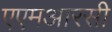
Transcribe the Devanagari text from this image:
एएमआरसी